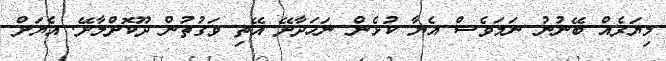
މިޔަރެއް ބޭނުނު ނަމަވެސް އެޔާ ކުޅެން ނަހަދާށޭ އޭތި ވަގުތުން ދޫކޮށްލާށޭ. އެޔަށް